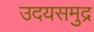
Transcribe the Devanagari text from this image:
उदयसमुद्र